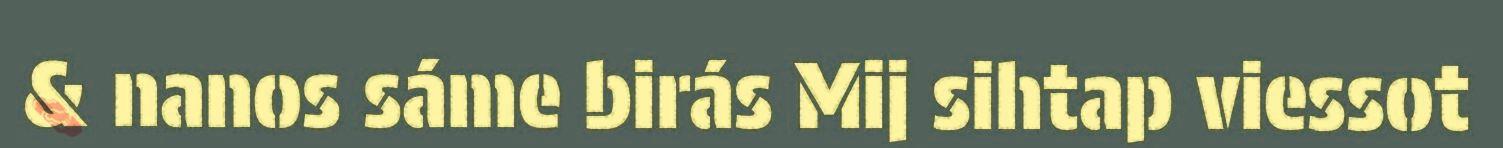
& nanos sáme birás Mij sihtap viessot